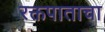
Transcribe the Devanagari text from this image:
रक्तपाताचा